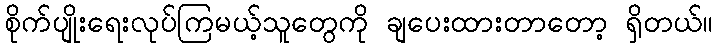
စိုက်ပျိုးရေးလုပ်ကြမယ့်သူတွေကို ချပေးထားတာတော့ ရှိတယ်။